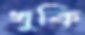
খুকি